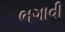
ભગાવી